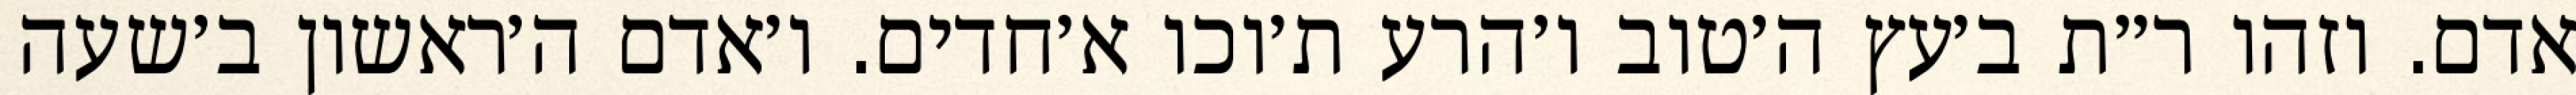
אדם. וזהו ר״ת ב׳עץ ה׳טוב ו׳הרע ת׳וכו א׳חדים. ו׳אדם ה׳ראשון ב׳שעה